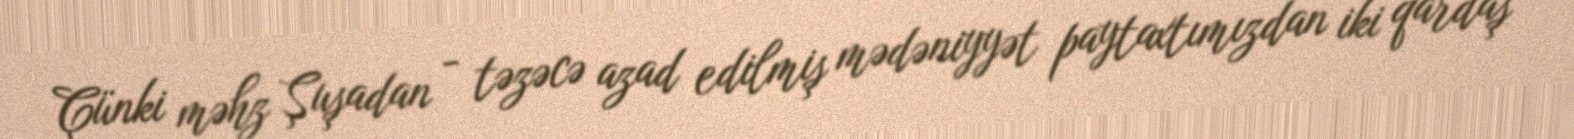
Çünki məhz Şuşadan - təzəcə azad edilmiş mədəniyyət paytaxtımızdan iki qardaş